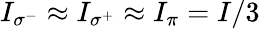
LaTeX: I_{\sigma^{-}}\approx I_{\sigma^{+}}\approx I_{\pi}=I/3